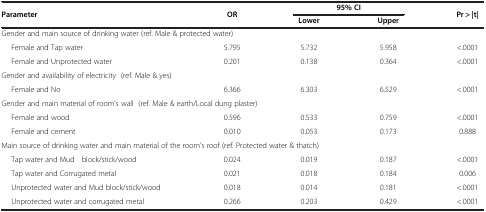
<table><thead><tr><td><b>Parameter</b></td><td><b>OR</b></td><td colspan="2"><b>95% CI</b></td><td><b>Pr &gt; |t|</b></td></tr><tr><td><b> </b></td><td><b> </b></td><td><b>Lower</b></td><td><b>Upper</b></td><td><b> </b></td></tr></thead><tbody><tr><td colspan="5">Gender and main source of drinking water (ref. Male &amp; protected water)</td></tr><tr><td>Female and Tap water</td><td>5.795</td><td>5.732</td><td>5.958</td><td>&lt;.0001</td></tr><tr><td>Female and Unprotected water</td><td>0.201</td><td>0.138</td><td>0.364</td><td>&lt;.0001</td></tr><tr><td colspan="5">Gender and availability of electricity (ref. Male &amp; yes) </td></tr><tr><td>Female and No</td><td>6.366</td><td>6.303</td><td>6.529</td><td>&lt;.0001</td></tr><tr><td colspan="5">Gender and main material of room&#x27;s wall (ref. Male &amp; earth/Local dung plaster)</td></tr><tr><td>Female and wood</td><td>0.596</td><td>0.533</td><td>0.759</td><td>&lt;.0001</td></tr><tr><td>Female and cement</td><td>0.010</td><td>0.053</td><td>0.173</td><td>0.888</td></tr><tr><td colspan="5">Main source of drinking water and main material of the room&#x27;s roof (ref. Protected water &amp; thatch)</td></tr><tr><td>Tap water and Mud block/stick/wood</td><td>0.024</td><td>0.019</td><td>0.187</td><td>&lt;.0001</td></tr><tr><td>Tap water and Corrugated metal</td><td>0.021</td><td>0.018</td><td>0.184</td><td>0.006</td></tr><tr><td>Unprotected water and Mud block/stick/wood</td><td>0.018</td><td>0.014</td><td>0.181</td><td>&lt;.0001</td></tr><tr><td>Unprotected water and corrugated metal</td><td>0.266</td><td>0.203</td><td>0.429</td><td>&lt;.0001</td></tr></tbody></table>